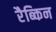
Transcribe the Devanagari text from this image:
रैब्किन